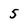
Character: 5